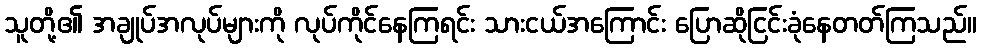
သူတို့၏ အချုပ်အလုပ်များကို လုပ်ကိုင်နေကြရင်း သားငယ်အကြောင်း ပြောဆိုငြင်းခုံနေတတ်ကြသည်။